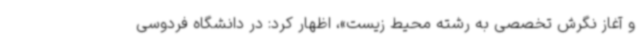
و آغاز نگرش تخصصی به رشته محیط زیست»، اظهار کرد: در دانشگاه فردوسی